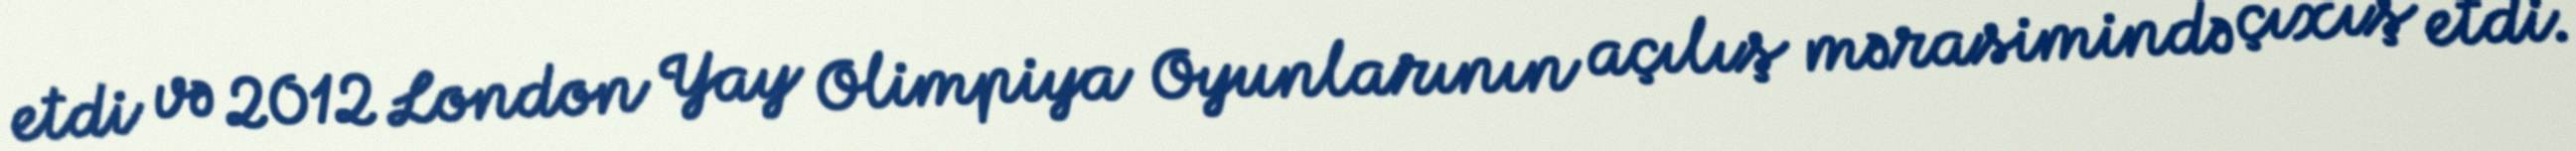
etdi və 2012 London Yay Olimpiya Oyunlarının açılış mərasimində çıxış etdi.